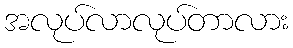
အလုပ်လာလုပ်တာလား